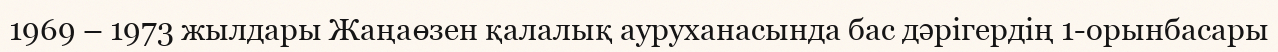
1969 – 1973 жылдары Жаңаөзен қалалық ауруханасында бас дәрігердің 1-орынбасары